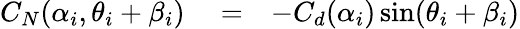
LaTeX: \begin{array}{rlr}{C_{N}(\alpha_{i},\theta_{i}+\beta_{i})}&{{}=}&{-C_{d}(\alpha_{i})\sin(\theta_{i}+\beta_{i})}\end{array}